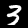
Label: 3